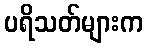
ပရိသတ်များက